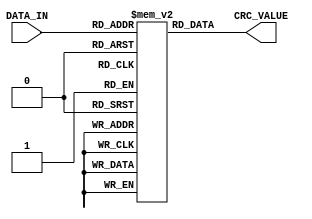
`timescale 1ns / 1ps
//////////////////////////////////////////////////////////////////////////////////
// Company: 
// Engineer: 
// 
// Design Name: 
// Module Name: lut_02
// Project Name: 
// Target Devices: 
// Tool Versions: 
// Description: 
// 
// Dependencies: 
// 
// Revision:
// Revision 0.01 - File Created
// Additional Comments:
// 
//////////////////////////////////////////////////////////////////////////////////


module lut_02(
    input [7:0] DATA_IN,
    output [31:0] CRC_VALUE
    );
    
    
    reg [31:0] rom[255:0];
    assign CRC_VALUE = rom[DATA_IN];
    
    initial 
    begin
        rom[0] <= 32'h00000000;
        rom[1] <= 32'hd219c1dc;
        rom[2] <= 32'ha0f29e0f;
        rom[3] <= 32'h72eb5fd3;
        rom[4] <= 32'h452421a9;
        rom[5] <= 32'h973de075;
        rom[6] <= 32'he5d6bfa6;
        rom[7] <= 32'h37cf7e7a;
        rom[8] <= 32'h8a484352;
        rom[9] <= 32'h5851828e;
        rom[10] <= 32'h2abadd5d;
        rom[11] <= 32'hf8a31c81;
        rom[12] <= 32'hcf6c62fb;
        rom[13] <= 32'h1d75a327;
        rom[14] <= 32'h6f9efcf4;
        rom[15] <= 32'hbd873d28;
        rom[16] <= 32'h10519b13;
        rom[17] <= 32'hc2485acf;
        rom[18] <= 32'hb0a3051c;
        rom[19] <= 32'h62bac4c0;
        rom[20] <= 32'h5575baba;
        rom[21] <= 32'h876c7b66;
        rom[22] <= 32'hf58724b5;
        rom[23] <= 32'h279ee569;
        rom[24] <= 32'h9a19d841;
        rom[25] <= 32'h4800199d;
        rom[26] <= 32'h3aeb464e;
        rom[27] <= 32'he8f28792;
        rom[28] <= 32'hdf3df9e8;
        rom[29] <= 32'h0d243834;
        rom[30] <= 32'h7fcf67e7;
        rom[31] <= 32'hadd6a63b;
        rom[32] <= 32'h20a33626;
        rom[33] <= 32'hf2baf7fa;
        rom[34] <= 32'h8051a829;
        rom[35] <= 32'h524869f5;
        rom[36] <= 32'h6587178f;
        rom[37] <= 32'hb79ed653;
        rom[38] <= 32'hc5758980;
        rom[39] <= 32'h176c485c;
        rom[40] <= 32'haaeb7574;
        rom[41] <= 32'h78f2b4a8;
        rom[42] <= 32'h0a19eb7b;
        rom[43] <= 32'hd8002aa7;
        rom[44] <= 32'hefcf54dd;
        rom[45] <= 32'h3dd69501;
        rom[46] <= 32'h4f3dcad2;
        rom[47] <= 32'h9d240b0e;
        rom[48] <= 32'h30f2ad35;
        rom[49] <= 32'he2eb6ce9;
        rom[50] <= 32'h9000333a;
        rom[51] <= 32'h4219f2e6;
        rom[52] <= 32'h75d68c9c;
        rom[53] <= 32'ha7cf4d40;
        rom[54] <= 32'hd5241293;
        rom[55] <= 32'h073dd34f;
        rom[56] <= 32'hbabaee67;
        rom[57] <= 32'h68a32fbb;
        rom[58] <= 32'h1a487068;
        rom[59] <= 32'hc851b1b4;
        rom[60] <= 32'hff9ecfce;
        rom[61] <= 32'h2d870e12;
        rom[62] <= 32'h5f6c51c1;
        rom[63] <= 32'h8d75901d;
        rom[64] <= 32'h41466c4c;
        rom[65] <= 32'h935fad90;
        rom[66] <= 32'he1b4f243;
        rom[67] <= 32'h33ad339f;
        rom[68] <= 32'h04624de5;
        rom[69] <= 32'hd67b8c39;
        rom[70] <= 32'ha490d3ea;
        rom[71] <= 32'h76891236;
        rom[72] <= 32'hcb0e2f1e;
        rom[73] <= 32'h1917eec2;
        rom[74] <= 32'h6bfcb111;
        rom[75] <= 32'hb9e570cd;
        rom[76] <= 32'h8e2a0eb7;
        rom[77] <= 32'h5c33cf6b;
        rom[78] <= 32'h2ed890b8;
        rom[79] <= 32'hfcc15164;
        rom[80] <= 32'h5117f75f;
        rom[81] <= 32'h830e3683;
        rom[82] <= 32'hf1e56950;
        rom[83] <= 32'h23fca88c;
        rom[84] <= 32'h1433d6f6;
        rom[85] <= 32'hc62a172a;
        rom[86] <= 32'hb4c148f9;
        rom[87] <= 32'h66d88925;
        rom[88] <= 32'hdb5fb40d;
        rom[89] <= 32'h094675d1;
        rom[90] <= 32'h7bad2a02;
        rom[91] <= 32'ha9b4ebde;
        rom[92] <= 32'h9e7b95a4;
        rom[93] <= 32'h4c625478;
        rom[94] <= 32'h3e890bab;
        rom[95] <= 32'hec90ca77;
        rom[96] <= 32'h61e55a6a;
        rom[97] <= 32'hb3fc9bb6;
        rom[98] <= 32'hc117c465;
        rom[99] <= 32'h130e05b9;
        rom[100] <= 32'h24c17bc3;
        rom[101] <= 32'hf6d8ba1f;
        rom[102] <= 32'h8433e5cc;
        rom[103] <= 32'h562a2410;
        rom[104] <= 32'hebad1938;
        rom[105] <= 32'h39b4d8e4;
        rom[106] <= 32'h4b5f8737;
        rom[107] <= 32'h994646eb;
        rom[108] <= 32'hae893891;
        rom[109] <= 32'h7c90f94d;
        rom[110] <= 32'h0e7ba69e;
        rom[111] <= 32'hdc626742;
        rom[112] <= 32'h71b4c179;
        rom[113] <= 32'ha3ad00a5;
        rom[114] <= 32'hd1465f76;
        rom[115] <= 32'h035f9eaa;
        rom[116] <= 32'h3490e0d0;
        rom[117] <= 32'he689210c;
        rom[118] <= 32'h94627edf;
        rom[119] <= 32'h467bbf03;
        rom[120] <= 32'hfbfc822b;
        rom[121] <= 32'h29e543f7;
        rom[122] <= 32'h5b0e1c24;
        rom[123] <= 32'h8917ddf8;
        rom[124] <= 32'hbed8a382;
        rom[125] <= 32'h6cc1625e;
        rom[126] <= 32'h1e2a3d8d;
        rom[127] <= 32'hcc33fc51;
        rom[128] <= 32'h828cd898;
        rom[129] <= 32'h50951944;
        rom[130] <= 32'h227e4697;
        rom[131] <= 32'hf067874b;
        rom[132] <= 32'hc7a8f931;
        rom[133] <= 32'h15b138ed;
        rom[134] <= 32'h675a673e;
        rom[135] <= 32'hb543a6e2;
        rom[136] <= 32'h08c49bca;
        rom[137] <= 32'hdadd5a16;
        rom[138] <= 32'ha83605c5;
        rom[139] <= 32'h7a2fc419;
        rom[140] <= 32'h4de0ba63;
        rom[141] <= 32'h9ff97bbf;
        rom[142] <= 32'hed12246c;
        rom[143] <= 32'h3f0be5b0;
        rom[144] <= 32'h92dd438b;
        rom[145] <= 32'h40c48257;
        rom[146] <= 32'h322fdd84;
        rom[147] <= 32'he0361c58;
        rom[148] <= 32'hd7f96222;
        rom[149] <= 32'h05e0a3fe;
        rom[150] <= 32'h770bfc2d;
        rom[151] <= 32'ha5123df1;
        rom[152] <= 32'h189500d9;
        rom[153] <= 32'hca8cc105;
        rom[154] <= 32'hb8679ed6;
        rom[155] <= 32'h6a7e5f0a;
        rom[156] <= 32'h5db12170;
        rom[157] <= 32'h8fa8e0ac;
        rom[158] <= 32'hfd43bf7f;
        rom[159] <= 32'h2f5a7ea3;
        rom[160] <= 32'ha22feebe;
        rom[161] <= 32'h70362f62;
        rom[162] <= 32'h02dd70b1;
        rom[163] <= 32'hd0c4b16d;
        rom[164] <= 32'he70bcf17;
        rom[165] <= 32'h35120ecb;
        rom[166] <= 32'h47f95118;
        rom[167] <= 32'h95e090c4;
        rom[168] <= 32'h2867adec;
        rom[169] <= 32'hfa7e6c30;
        rom[170] <= 32'h889533e3;
        rom[171] <= 32'h5a8cf23f;
        rom[172] <= 32'h6d438c45;
        rom[173] <= 32'hbf5a4d99;
        rom[174] <= 32'hcdb1124a;
        rom[175] <= 32'h1fa8d396;
        rom[176] <= 32'hb27e75ad;
        rom[177] <= 32'h6067b471;
        rom[178] <= 32'h128ceba2;
        rom[179] <= 32'hc0952a7e;
        rom[180] <= 32'hf75a5404;
        rom[181] <= 32'h254395d8;
        rom[182] <= 32'h57a8ca0b;
        rom[183] <= 32'h85b10bd7;
        rom[184] <= 32'h383636ff;
        rom[185] <= 32'hea2ff723;
        rom[186] <= 32'h98c4a8f0;
        rom[187] <= 32'h4add692c;
        rom[188] <= 32'h7d121756;
        rom[189] <= 32'haf0bd68a;
        rom[190] <= 32'hdde08959;
        rom[191] <= 32'h0ff94885;
        rom[192] <= 32'hc3cab4d4;
        rom[193] <= 32'h11d37508;
        rom[194] <= 32'h63382adb;
        rom[195] <= 32'hb121eb07;
        rom[196] <= 32'h86ee957d;
        rom[197] <= 32'h54f754a1;
        rom[198] <= 32'h261c0b72;
        rom[199] <= 32'hf405caae;
        rom[200] <= 32'h4982f786;
        rom[201] <= 32'h9b9b365a;
        rom[202] <= 32'he9706989;
        rom[203] <= 32'h3b69a855;
        rom[204] <= 32'h0ca6d62f;
        rom[205] <= 32'hdebf17f3;
        rom[206] <= 32'hac544820;
        rom[207] <= 32'h7e4d89fc;
        rom[208] <= 32'hd39b2fc7;
        rom[209] <= 32'h0182ee1b;
        rom[210] <= 32'h7369b1c8;
        rom[211] <= 32'ha1707014;
        rom[212] <= 32'h96bf0e6e;
        rom[213] <= 32'h44a6cfb2;
        rom[214] <= 32'h364d9061;
        rom[215] <= 32'he45451bd;
        rom[216] <= 32'h59d36c95;
        rom[217] <= 32'h8bcaad49;
        rom[218] <= 32'hf921f29a;
        rom[219] <= 32'h2b383346;
        rom[220] <= 32'h1cf74d3c;
        rom[221] <= 32'hceee8ce0;
        rom[222] <= 32'hbc05d333;
        rom[223] <= 32'h6e1c12ef;
        rom[224] <= 32'he36982f2;
        rom[225] <= 32'h3170432e;
        rom[226] <= 32'h439b1cfd;
        rom[227] <= 32'h9182dd21;
        rom[228] <= 32'ha64da35b;
        rom[229] <= 32'h74546287;
        rom[230] <= 32'h06bf3d54;
        rom[231] <= 32'hd4a6fc88;
        rom[232] <= 32'h6921c1a0;
        rom[233] <= 32'hbb38007c;
        rom[234] <= 32'hc9d35faf;
        rom[235] <= 32'h1bca9e73;
        rom[236] <= 32'h2c05e009;
        rom[237] <= 32'hfe1c21d5;
        rom[238] <= 32'h8cf77e06;
        rom[239] <= 32'h5eeebfda;
        rom[240] <= 32'hf33819e1;
        rom[241] <= 32'h2121d83d;
        rom[242] <= 32'h53ca87ee;
        rom[243] <= 32'h81d34632;
        rom[244] <= 32'hb61c3848;
        rom[245] <= 32'h6405f994;
        rom[246] <= 32'h16eea647;
        rom[247] <= 32'hc4f7679b;
        rom[248] <= 32'h79705ab3;
        rom[249] <= 32'hab699b6f;
        rom[250] <= 32'hd982c4bc;
        rom[251] <= 32'h0b9b0560;
        rom[252] <= 32'h3c547b1a;
        rom[253] <= 32'hee4dbac6;
        rom[254] <= 32'h9ca6e515;
        rom[255] <= 32'h4ebf24c9;

    end
    
endmodule